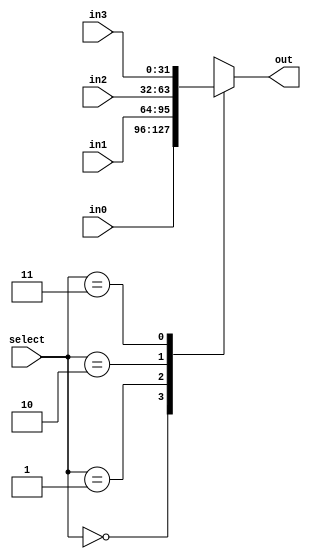
`timescale 1ns/1ps
module mux_4to1_32b(in0, in1, in2, in3, out, select);
    parameter size = 32;
    // Specifying the ports
    input [size-1:0] in0;
    input [size-1:0] in1;
    input [size-1:0] in2;
    input [size-1:0] in3;
    output reg [size-1:0] out;
    input [1:0] select;
    always @(*)
        case (select)
            0: out = in0;
            1: out = in1;
            2: out = in2;
            3: out = in3;
            default: out = {size{1'bx}};
        endcase
endmodule